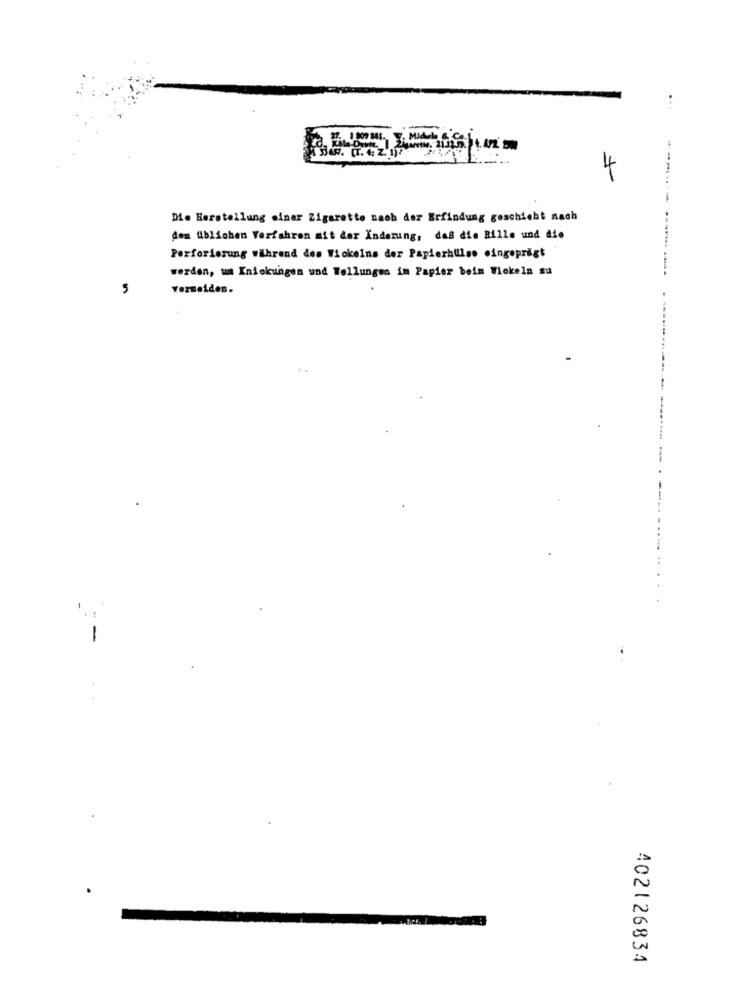
4
Die Herstellung einer Zigarette nach der Erfindung geschicht nach
den üblichen Verfahren mit der Änderung, daß die Rille und die
Perforierung während des Wickelns der Papierhillso eingeprägt
werden, um Kniekungen und Wollungen im Papier beim Wickeln su
5
vermeiden.
------- ----------------------
-
402126834